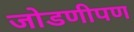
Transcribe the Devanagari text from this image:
जोडणीपण